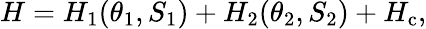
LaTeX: H=H_{1}(\theta_{1},S_{1})+H_{2}(\theta_{2},S_{2})+H_{\mathrm{c}},